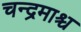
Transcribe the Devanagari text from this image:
चन्द्रमाश्च